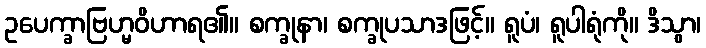
ဥပေက္ခာဗြဟ္မဝိဟာရ၏။ စက္ခုနာ၊ စက္ခုပသာဒဖြင့်။ ရူပံ၊ ရူပါရုံကို။ ဒိသွာ၊